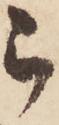
被